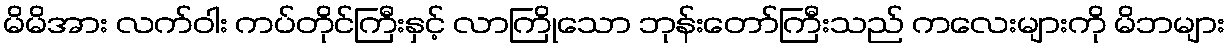
မိမိအား လက်ဝါး ကပ်တိုင်ကြီးနှင့် လာကြိုသော ဘုန်းတော်ကြီးသည် ကလေးများကို မိဘများ